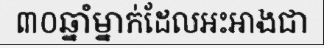
៣០ឆ្នាំម្នាក់ដែលអះអាងជា